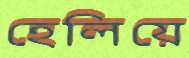
হেলিয়ে